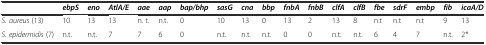
<table><thead><tr><td></td><td><b><i>ebpS</i></b></td><td><b><i>eno</i></b></td><td><b><i>AtlA/E</i></b></td><td><b><i>aae</i></b></td><td><b><i>aap</i></b></td><td><b><i>bap/bhp</i></b></td><td><b><i>sasG</i></b></td><td><b><i>cna</i></b></td><td><b><i>bbp</i></b></td><td><b><i>fnbA</i></b></td><td><b><i>fnbB</i></b></td><td><b><i>clfA</i></b></td><td><b><i>clfB</i></b></td><td><b><i>fbe</i></b></td><td><b><i>sdrF</i></b></td><td><b><i>embp</i></b></td><td><b><i>fib</i></b></td><td><b><i>icaA/D</i></b></td></tr></thead><tbody><tr><td><i>S. aureus</i> (13)</td><td>10</td><td>13</td><td>13</td><td>n. t.</td><td>n.t.</td><td>0</td><td>10</td><td>13</td><td>0</td><td>13</td><td>2</td><td>13</td><td>8</td><td>n.t</td><td>n.t</td><td>n.t</td><td>9</td><td>13</td></tr><tr><td><i>S. epidermidis</i> (7)</td><td>n.t.</td><td>n.t.</td><td>7</td><td>7</td><td>6</td><td>0</td><td>n.t.</td><td>n.t.</td><td>n.t.</td><td>0</td><td>0</td><td>n.t.</td><td>n.t.</td><td>6</td><td>4</td><td>7</td><td>n.t.</td><td>2*</td></tr></tbody></table>